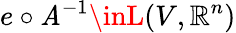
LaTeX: e\circ\mathit{A}^{-1}\inL(V,\mathbb{R}^{n})